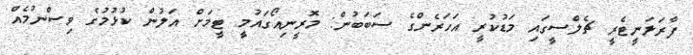
ފާރަލަނީޓެރީ ޗެލްސީގައި މަޑުކުރީ އަހަރެންގެ ސަބަބުން: މޮރީނިއޯގައުމީ ޓީމަށް އަލުން ކުޅުމުގެ ވިސްނުމެއް